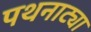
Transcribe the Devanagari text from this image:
पथनाट्या